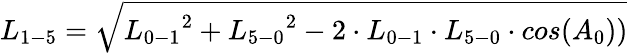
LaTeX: {L_{1-5}}=\sqrt{{L_{0-1}}^{2}+{L_{5-0}}^{2}-2\cdot{L_{0-1}}\cdot{L_{5-0}}\cdot cos({A_{0}}))}